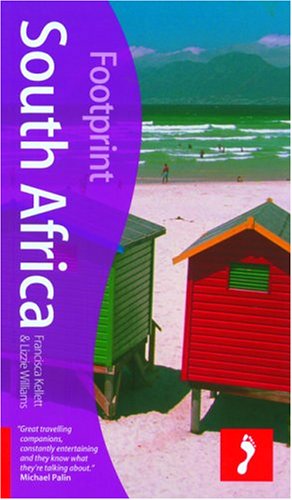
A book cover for Footprint South Africa; Francisca Kellet; Travel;